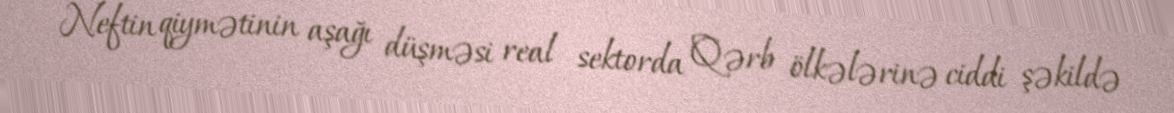
Neftin qiymətinin aşağı düşməsi real sektorda Qərb ölkələrinə ciddi şəkildə